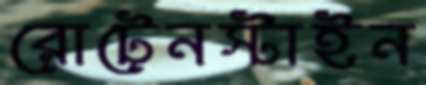
রোটেনস্টাইন